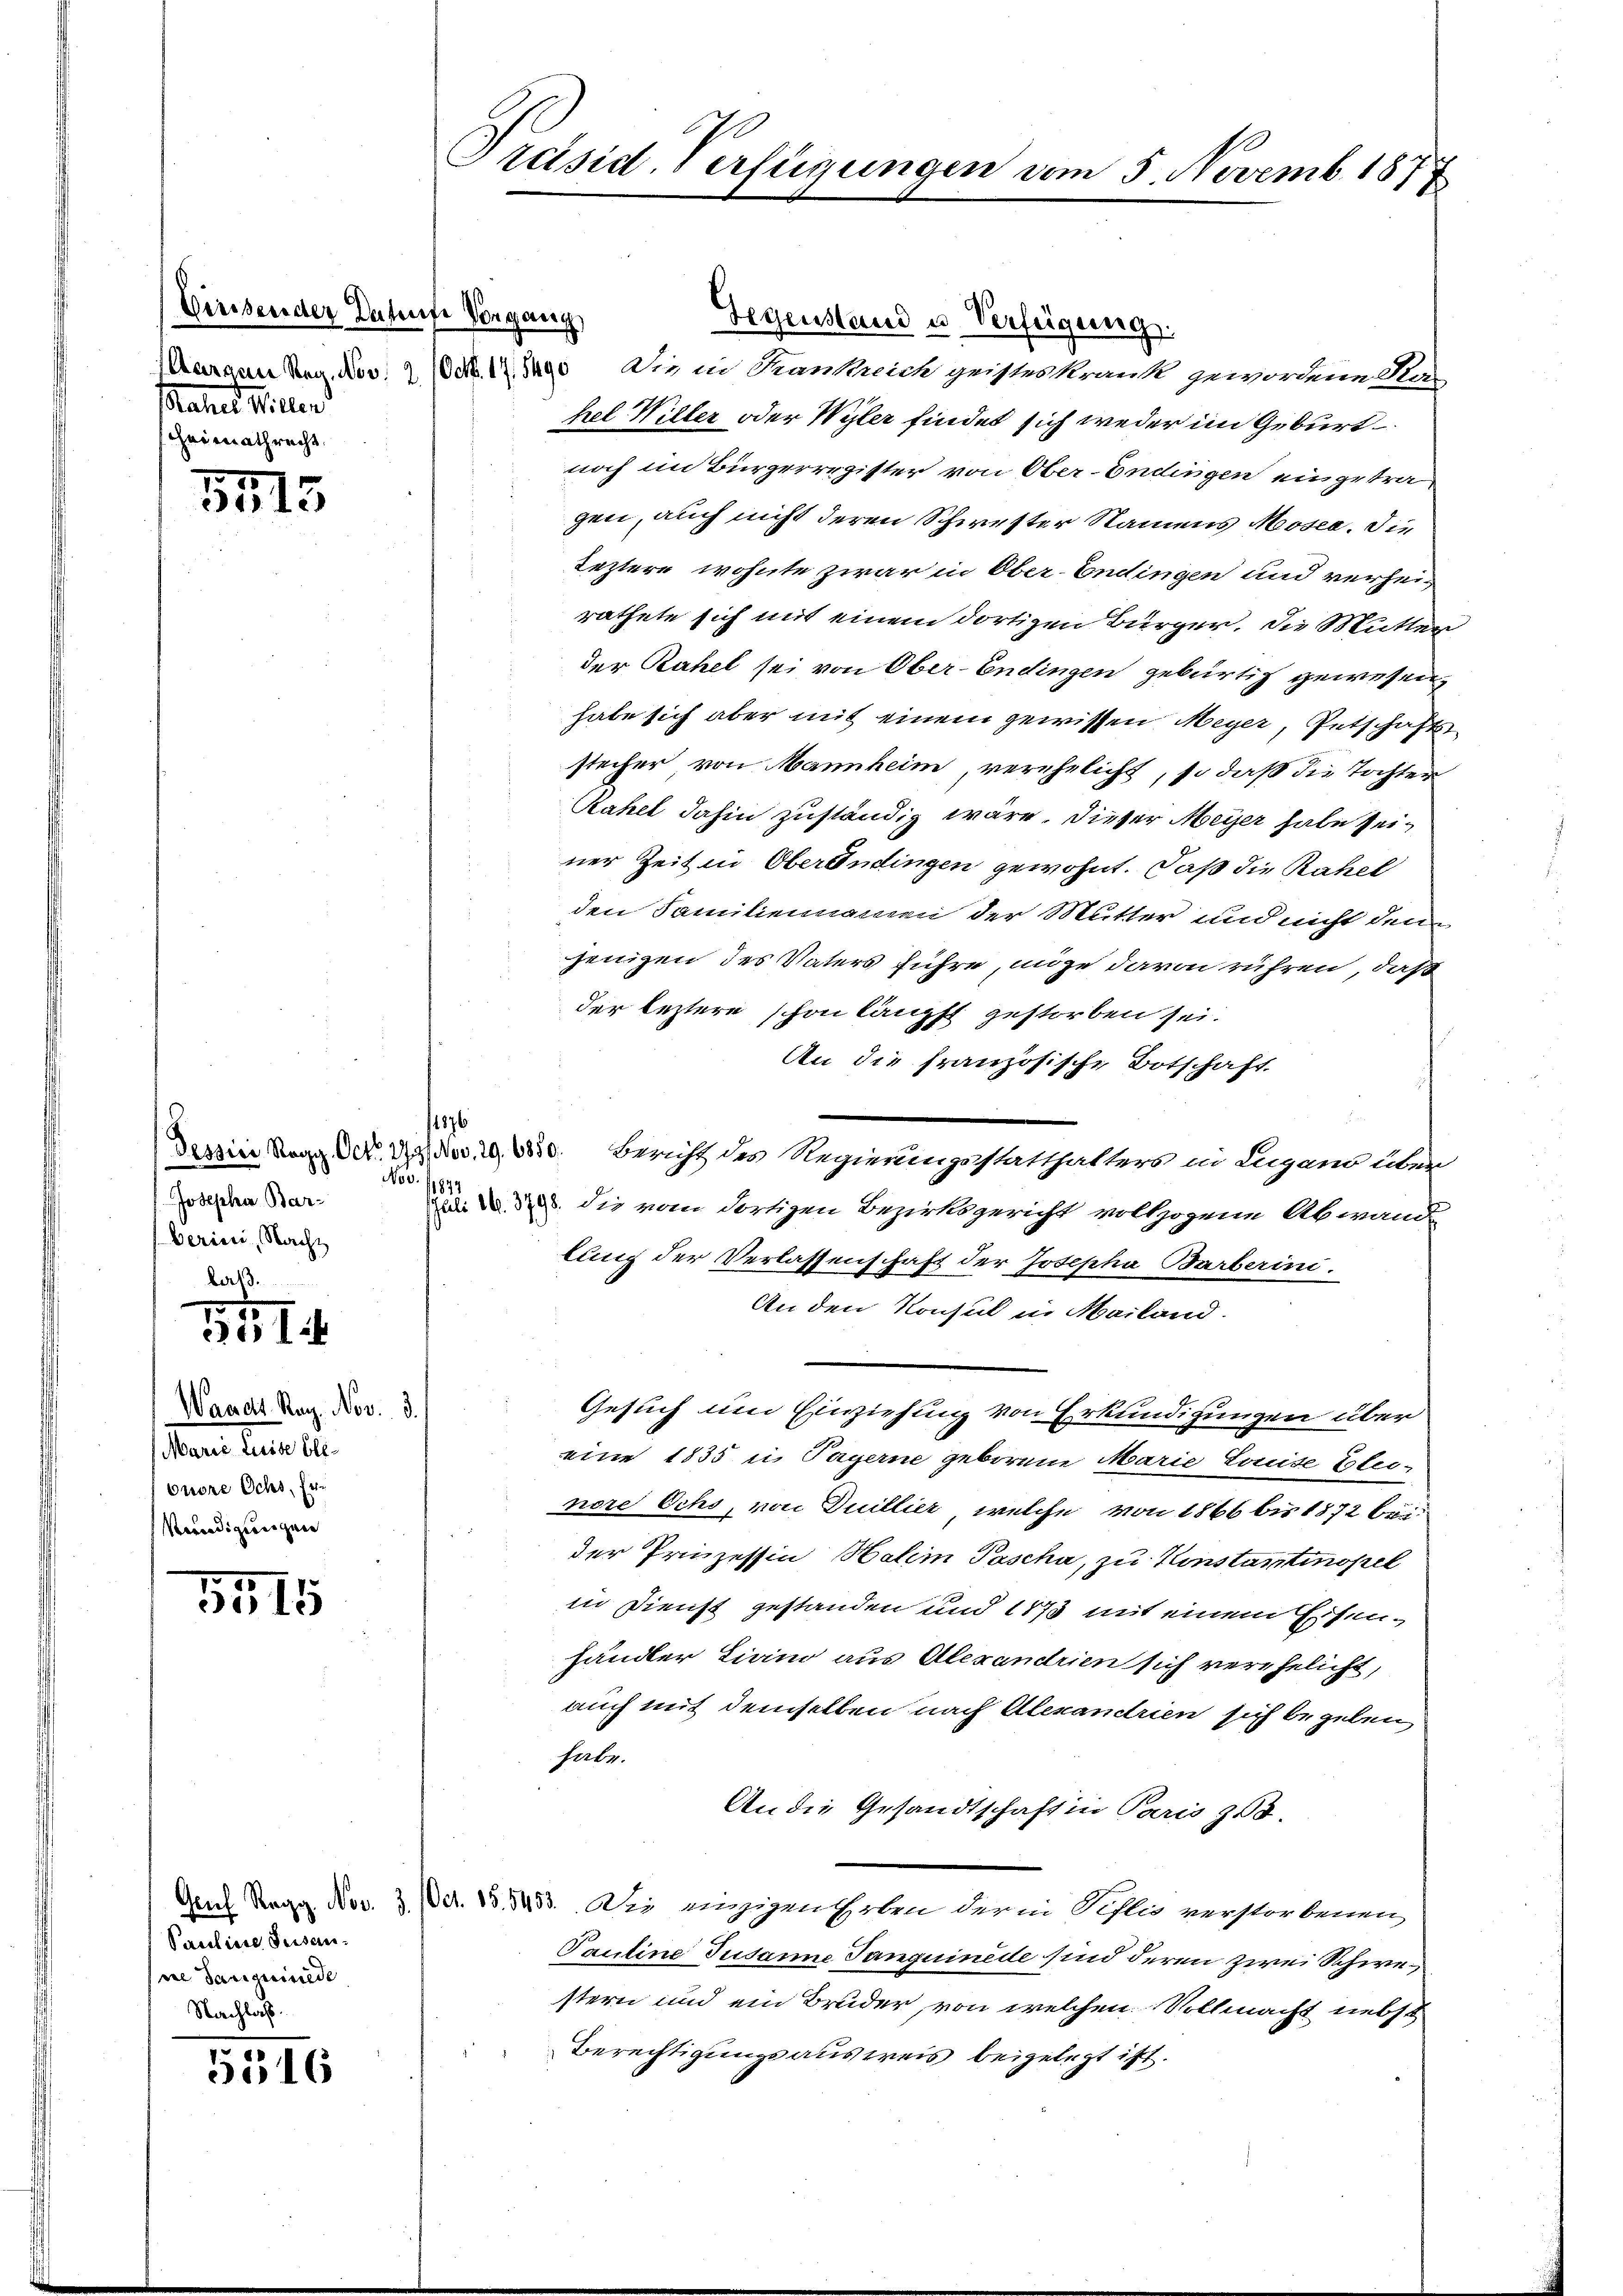
Birsender Detente Vorgang.
Mahres Vieler
hheimathrecht.

75
5015

Josepha Barberien, Nacht

Waadt Rag. Nov. 8.
Marie Luise bleonore Ochs, Er
Verledigungen

5515

Pauline Susanie Sanguiniede
Nachlass.

5516

Nov. 1874.

Präsid-Verfügungen vom 5. Novemb. 1877

1876

Gegenstand u. Verfügung.
Margen Reg. Nov. 1 (Odk. 17. Mag. Die in Krankreich geisteskrank gewordene Sta-
hel Willer oder Wyler findet sich weder im Geburt
noch im Bürgerregister von Ober-Endingen eingetragen, auch nicht deren Schwester Namens Moser. Die
leztere wohnte zwar in Ober-Endingen und verheit
rathete sich mit einem dortigen Bürger. Die Mutter
der Rahel sei von Ober-Endingen gebürtig gewesen,
habe sich aber mit einem gewissen Meyer, Entschafts
stecher von Mannheim, verehelicht, so daß die Tochter
Rahel dahin zuständig wäre. Dieser Meyer habe seiner Zeit in Oberendingen gewohnt. Daß die Rahel
den Familiennamen der Mutter und nicht denn
jenigen des Vaters führe, möge davon rühren, daß
der leztere schon läupft gestorben sei.
An die französische Botschaft.
Tessin Rogg Oct. 172 Nov. 19. 6850. Bericht des Regierungsstatthalters in Lugano über
i. die vom dortigen Bezirksgericht vollzogene Abwand
lung der Verlassenschaft der Josepha Barberini.
An den Konsul in Mailand.
Gesuch um Einziehung von Erkundigungen über
eine 1835 u. Pagerne geborene Marie Louise Erleinore Ochs, von Duillier, welche von 1866 bis 1872 bei
der Prinzessin Halem Pascha, zu Konstantinopel
in Dienst gestanden und 1873 mit einem Eisenhändler Liano aus Alexandrien sich verehelicht,
auch mit demselben nach Alexandrien sich begeben,
habe.
An die Gesandtschaft in Paris zu.
Gent Regg. Nov. 3. Oct. 15. 5453. Die einzigenthalen der in Pislis verstorbenen
Pauline Susanne Tanguinede sind deren zwei Schwestern und ein Bruder, von welchen Vollmacht nebst
Berechtigungsausweis beigelegt ist.